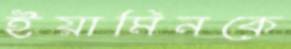
ইয়ামিনকে